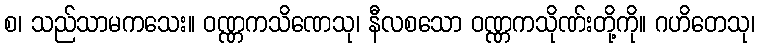
စ၊ သည်သာမကသေး။ ဝဏ္ဏကသိဏေသု၊ နီလစသော ဝဏ္ဏကသိုဏ်းတို့ကို။ ဂဟိတေသု၊